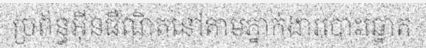
ប្រព័ន្ធអ៊ីនធឺណិតនៅតាមភ្នាក់ងារបោះឆ្នោត